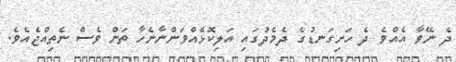
ދެ ނޭވާ އެއްވެ ދެ ހަށިގަނޑުގެ ދެމެދުގައި އަލިކޮޅެއްވަންނާނެހާ ތަން ވެސް ނެތިއްޖެއެވެ.